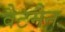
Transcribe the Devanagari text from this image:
वैटमैन